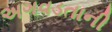
અગવડતાની